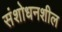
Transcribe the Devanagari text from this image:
संशोधनशील